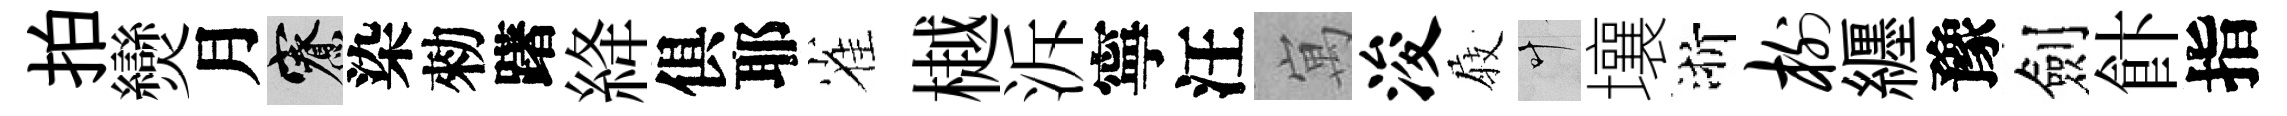
拍𤓖月寮染勑躇絳俱耶雀樾泝寧汪寓浚𡲆叶壤浙榭纒豫劍飰指